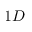
1 D